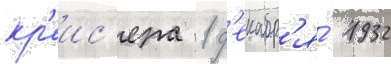
кр'еис'ера 1 д'екабр'я́ 1932